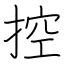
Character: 控